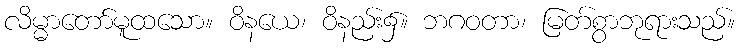
လိမ္မာတော်မူထသော။ ဝိနယေ၊ ဝိနည်း၌။ ဘဂဝတာ၊ မြတ်စွာဘုရားသည်။